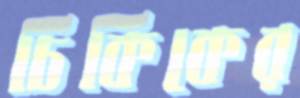
চিকিকের